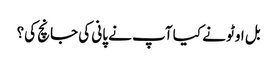
بل اوٹو نے کیا آپ نے پانی کی جانچ کی؟